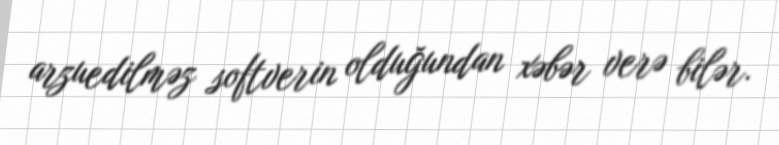
arzuedilməz softverin olduğundan xəbər verə bilər.